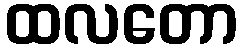
ထလတော